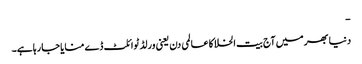
-
دنیا بھر میں آج بیت الخلا کا عالمی دن یعنی ورلڈ ٹوائلٹ ڈے منایا جا رہا ہے۔